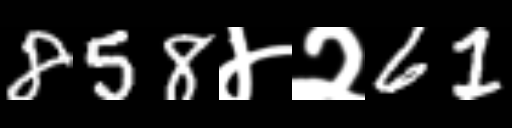
Text: 858४२61